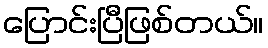
ပြောင်းပြီဖြစ်တယ်။